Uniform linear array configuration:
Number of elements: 8
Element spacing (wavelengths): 0.25
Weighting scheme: blackman
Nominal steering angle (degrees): -45
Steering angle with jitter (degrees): -43.291
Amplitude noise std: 0.05
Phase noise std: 0.05

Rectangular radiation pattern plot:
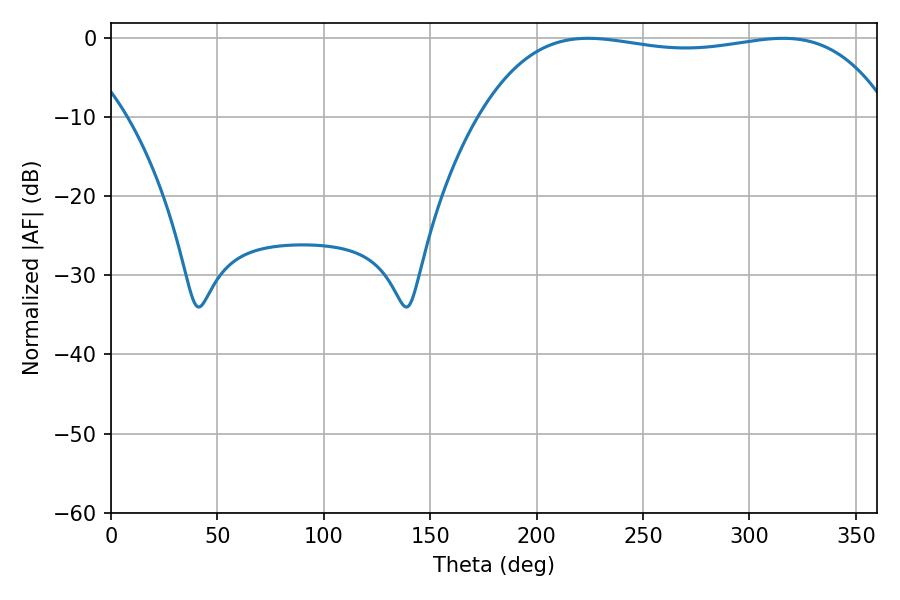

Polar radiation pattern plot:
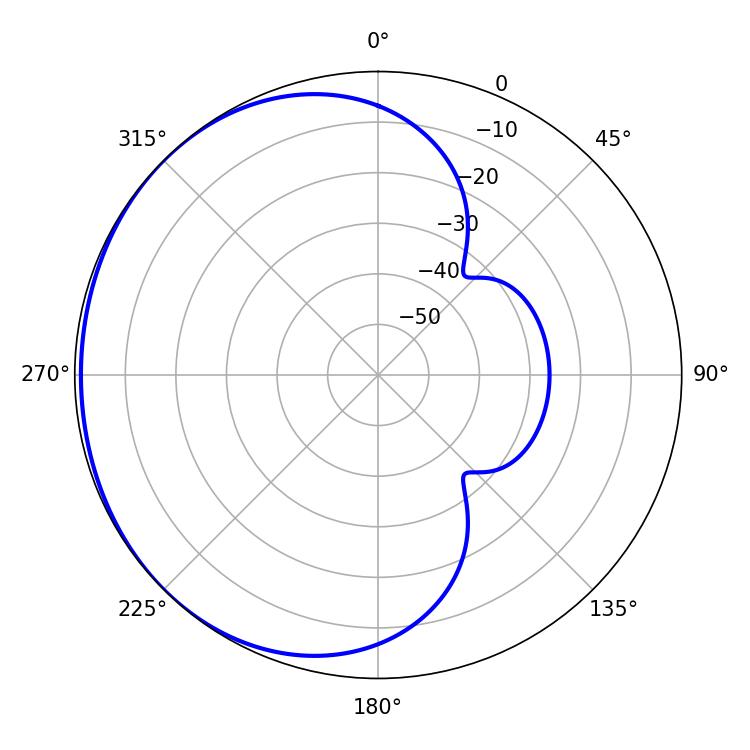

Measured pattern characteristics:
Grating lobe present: FALSE
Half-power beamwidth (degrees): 153.72
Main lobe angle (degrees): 224.1